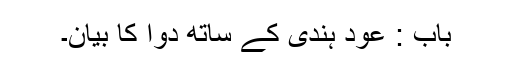
باب : عود ہندی کے ساتھ دوا کا بیان۔